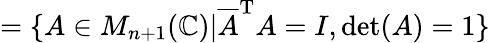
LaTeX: =\{ A\in M_{n+1}(\mathbb{C})|{\overline{{A}}}^{\mathrm{T}}A=I,\det(A)=1\}